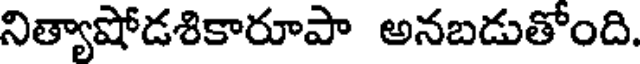
నిత్యాషోడశికారూపా అనబడుతోంది.